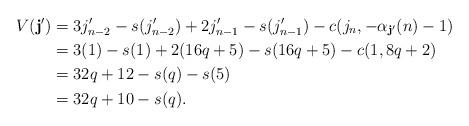
LaTeX: \begin{align*}V(\mathbf{j}') & =3j_{n-2}'-s(j_{n-2}')+2j_{n-1}'-s(j_{n-1}')-c(j_n,-\alpha_{\mathbf{j}'}(n)-1) \\& = 3(1)-s(1)+2(16q+5)-s(16q+5)-c(1,8q+2) \\& = 32q+12-s(q)-s(5) \\& = 32q+10-s(q).\end{align*}